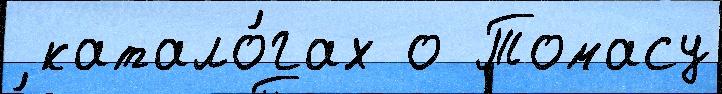
 катало́гах о Томасу